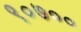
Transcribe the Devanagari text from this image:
९०७००